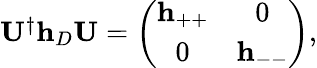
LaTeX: \begin{array}{r}{\mathbf{U}^{\dagger}\mathbf{h}_{D}\mathbf{U}=\left(\begin{array}{cc}{\mathbf{h}_{++}}&{0}\\ {0}&{\mathbf{h}_{--}}\end{array}\right),}\end{array}